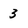
Character: 3